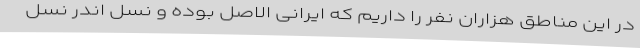
در این مناطق هزاران نفر را داریم که ایرانی الاصل بوده و نسل اندر نسل